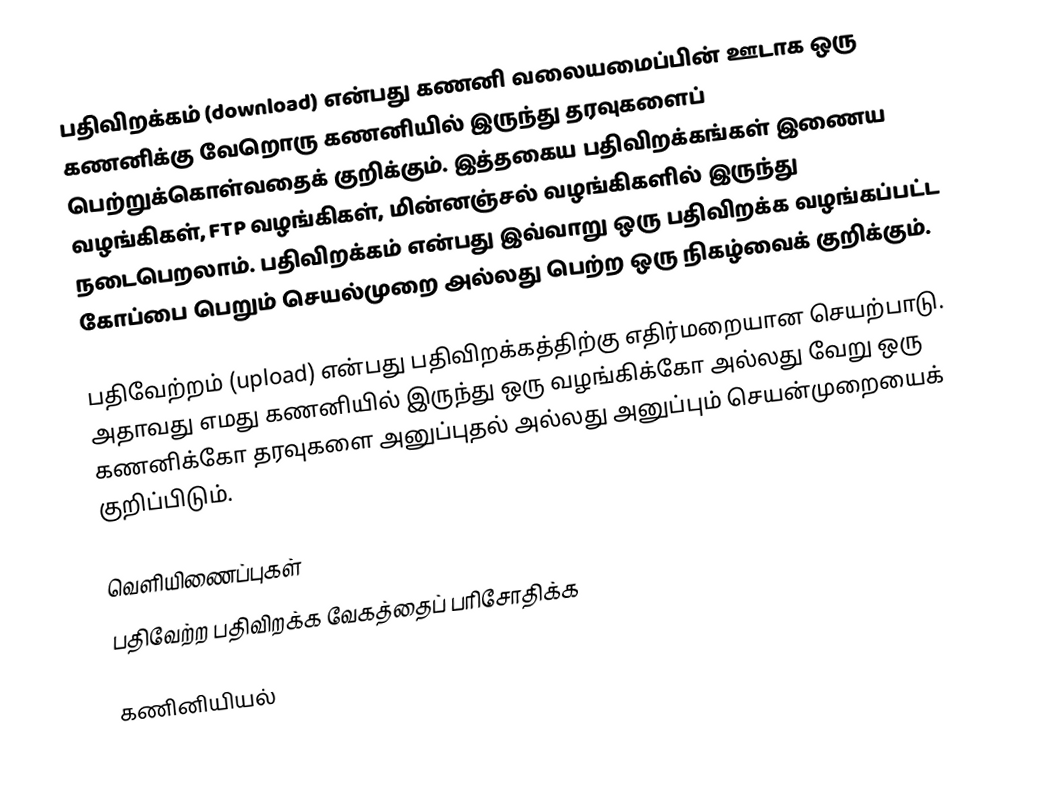
பதிவிறக்கம் (download) என்பது கணனி வலையமைப்பின் ஊடாக ஒரு கணனிக்கு வேறொரு கணனியில் இருந்து தரவுகளைப் பெற்றுக்கொள்வதைக் குறிக்கும்.  இத்தகைய பதிவிறக்கங்கள் இணைய வழங்கிகள், FTP வழங்கிகள், மின்னஞ்சல் வழங்கிகளில் இருந்து நடைபெறலாம். பதிவிறக்கம் என்பது இவ்வாறு ஒரு பதிவிறக்க வழங்கப்பட்ட கோப்பை பெறும் செயல்முறை அல்லது பெற்ற ஒரு நிகழ்வைக் குறிக்கும்.

பதிவேற்றம் (upload) என்பது பதிவிறக்கத்திற்கு எதிர்மறையான செயற்பாடு. அதாவது எமது கணனியில் இருந்து ஒரு வழங்கிக்கோ அல்லது வேறு ஒரு கணனிக்கோ தரவுகளை அனுப்புதல் அல்லது அனுப்பும் செயன்முறையைக் குறிப்பிடும்.

வெளியிணைப்புகள்
 பதிவேற்ற பதிவிறக்க வேகத்தைப் பரிசோதிக்க

கணினியியல்